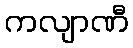
ကလျာဏီ